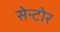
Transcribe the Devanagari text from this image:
सेन्टोर